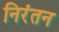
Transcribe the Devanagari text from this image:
निरंतन